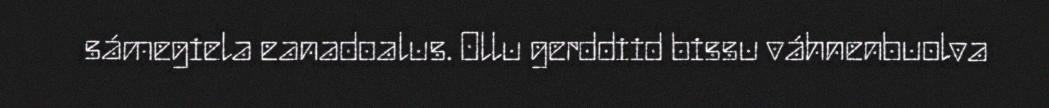
sámegiela eanadoalus. Ollu gerddiid bissu váhnenbuolva